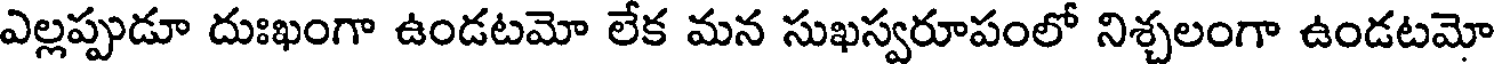
ఎల్లప్పుడూ దుఃఖంగా ఉండటమో లేక మన సుఖస్వరూపంలో నిశ్చలంగా ఉండటమో